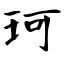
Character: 珂